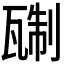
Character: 𬎭